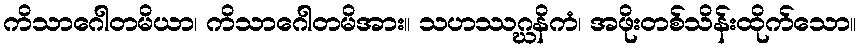
ကိသာဂေါတမိယာ၊ ကိသာဂေါတမိအား။ သဟဿဂ္ဃနိကံ၊ အဖိုးတစ်သိန်းထိုက်သော။